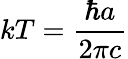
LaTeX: kT={\frac{\hbar a}{2\pi c}}